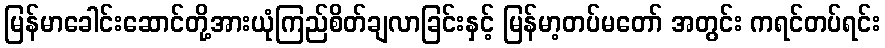
မြန်မာခေါင်းဆောင်တို့အားယုံကြည်စိတ်ချလာခြင်းနှင့် မြန်မာ့တပ်မတော် အတွင်း ကရင်တပ်ရင်း